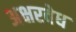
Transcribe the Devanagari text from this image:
अक्षरवेध